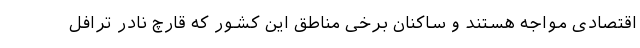
اقتصادی مواجه هستند و ساکنان برخی مناطق این کشور که قارچ نادر ترافل